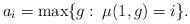
LaTeX: \begin{align*}a_i=\max\{g\,\colon\,\mu(1,g)=i\}.\end{align*}